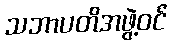
သဘာပတိအဖွဲ့ဝင်